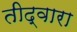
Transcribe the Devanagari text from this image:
तीद्वारा